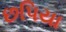
છપિયા